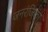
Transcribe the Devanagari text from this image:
जनरंजिका